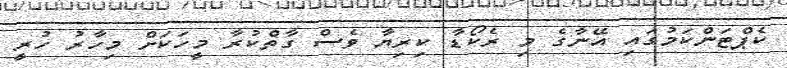
ކެޕްޓަންކަމުގައި އޭނާގެ މި ރެކޯޑާ ކިރިޔާ ވެސް ގާތްކުރާ މީހަކަށް މިހާރު ހުރީ